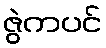
ဇွဲကပင်